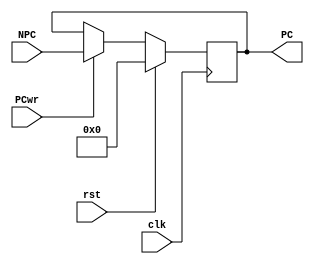
`timescale 1ns / 1ps
//////////////////////////////////////////////////////////////////////////////////
// Company: 
// Engineer: 
// 
// Design Name: 
// Module Name: PC
// Project Name: 
// Target Devices: 
// Tool Versions: 
// Description: 
// 
// Dependencies: 
// 
// Revision:
// Revision 0.01 - File Created
// Additional Comments:
// 
//////////////////////////////////////////////////////////////////////////////////

//PC
module PC(
    input         clk,
    input         rst,
    input         PCwr, //PC  1NPCPC
    input  [31:0] NPC,  //Npc  pcnpcop
    output [31:0] PC
);

    reg [31:0] npc_reg;
    
    always @(posedge clk)
    begin
        if(rst)
            npc_reg <= 32'h0000_0000;
        else if(PCwr)
            npc_reg = NPC;
    end
    
    assign PC = npc_reg;

endmodule